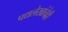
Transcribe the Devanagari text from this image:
पद्यलेखांचेही